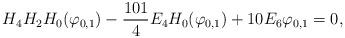
LaTeX: \begin{align*}H_4H_2H_0(\varphi_{0,1})-\frac{101}4E_4H_0(\varphi_{0,1})+10E_6\varphi_{0,1}=0,\end{align*}